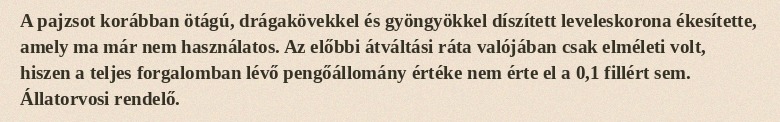
A pajzsot korábban ötágú, drágakövekkel és gyöngyökkel díszített leveleskorona ékesítette, amely ma már nem használatos. Az előbbi átváltási ráta valójában csak elméleti volt, hiszen a teljes forgalomban lévő pengőállomány értéke nem érte el a 0,1 fillért sem. Állatorvosi rendelő.